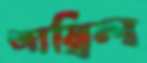
জাম্বিল